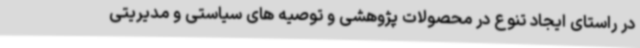
در راستای ایجاد تنوع در محصولات پژوهشی و توصیه های سیاستی و مدیریتی